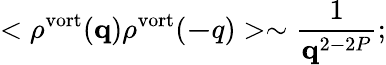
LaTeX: <\rho^{\mathrm{vort}}({\mathbf q})\rho^{\mathrm{vort}}({\mathbf-q})>\sim\frac{1}{{\mathbf q}^{2-2P}};